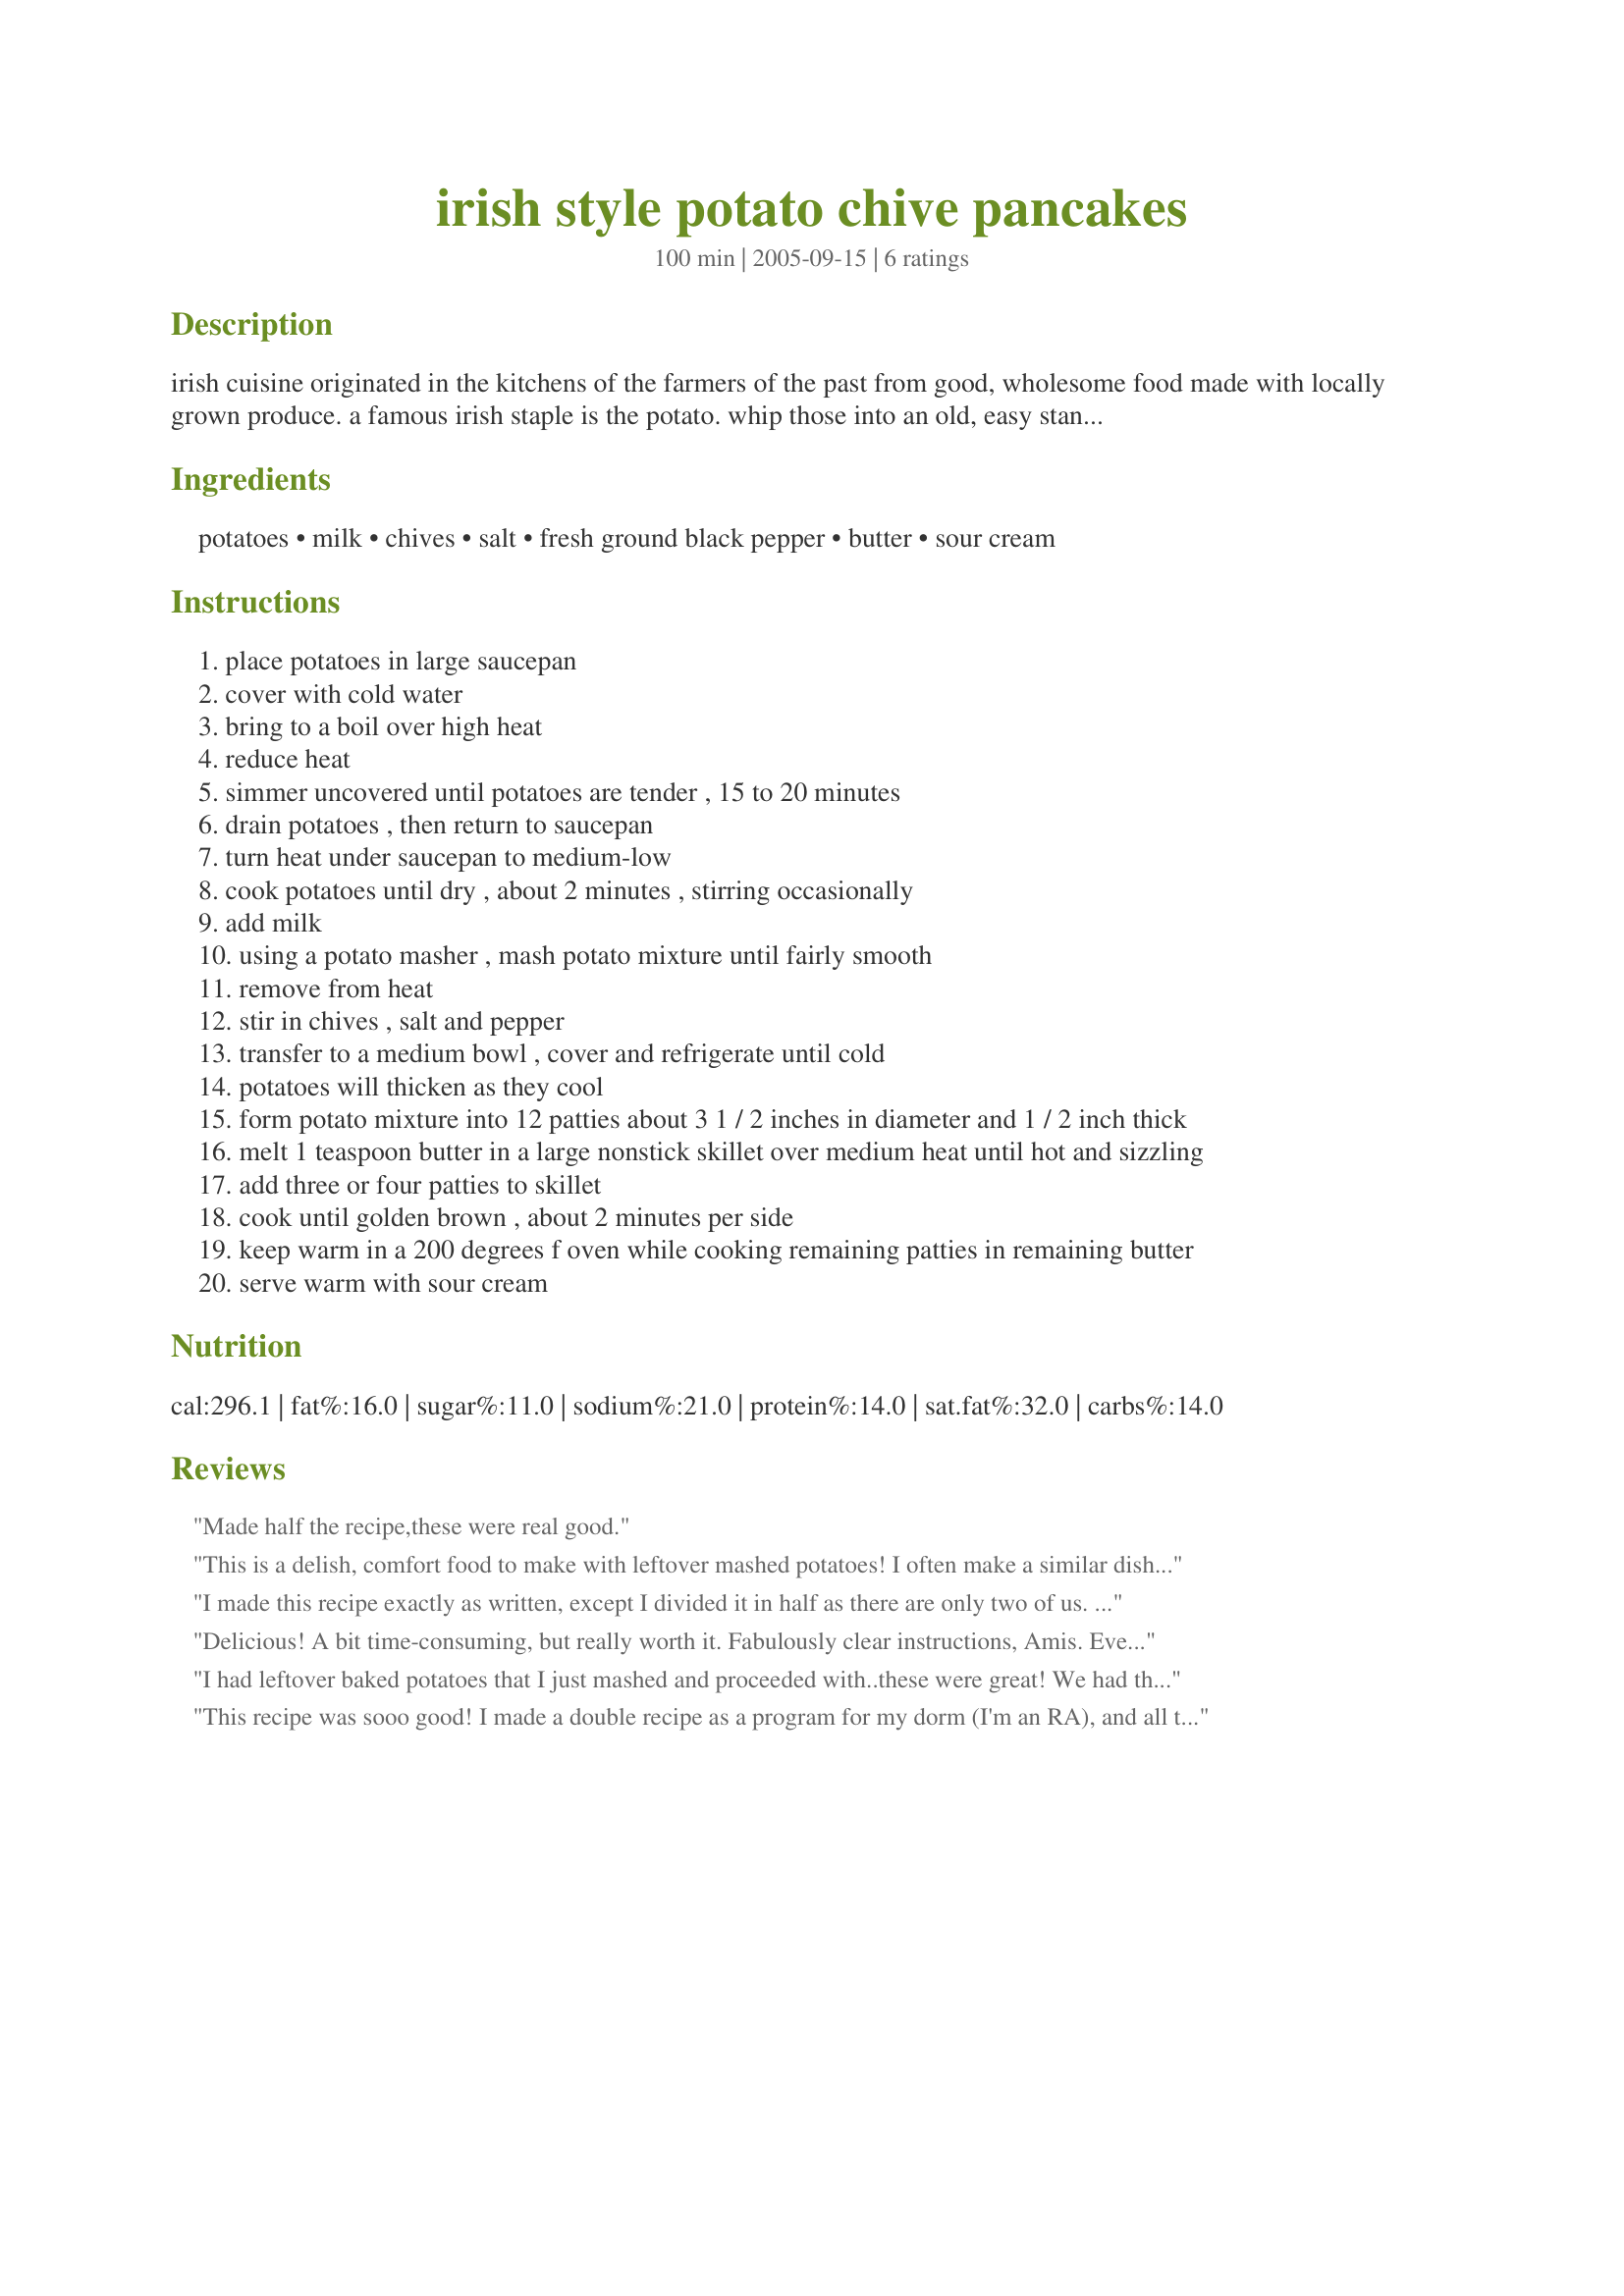
irish style potato chive pancakes
Preparation time: 100 minutes

irish cuisine originated in the kitchens of the farmers of the past from good, wholesome food made with locally grown produce. a famous irish staple is the potato. whip those into an old, easy standby and you have a great lunch, especially with a bit of sausage on the side. posted for zaar world tour 05.

Ingredients:
potatoes, milk, chives, salt, fresh ground black pepper, butter, sour cream

Steps:
place potatoes in large saucepan
cover with cold water
bring to a boil over high heat
reduce heat
simmer uncovered until potatoes are tender , 15 to 20 minutes
drain potatoes , then return to saucepan
turn heat under saucepan to medium-low
cook potatoes until dry , about 2 minutes , stirring occasionally
add milk
using a potato masher , mash potato mixture until fairly smooth
remove from heat
stir in chives , salt and pepper
transfer to a medium bowl , cover and refrigerate until cold
potatoes will thicken as they cool
form potato mixture into 12 patties about 3 1 / 2 inches in diameter and 1 / 2 inch thick
melt 1 teaspoon butter in a large nonstick skillet over medium heat until hot and sizzling
add three or four patties to skillet
cook until golden brown , about 2 minutes per side
keep warm in a 200 degrees f oven while cooking remaining patties in remaining butter
serve warm with sour cream

Reviews:
Made half the recipe,these were real good.
This is a delish, comfort food to make with leftover mashed potatoes! I often make a similar dish and serve for breakfast with eggs! I skipped the sour cream.
I made this recipe exactly as written, except I divided it in half as there are only two of us. I actually forgot to serve them with the sour cream, but they were delicious anyways! My husband loved them. I have some of the unfried potato mixture left over and am going to use it to top a Cottage pie for my husband's dinner tommorrow. Thanks!
Delicious! A bit time-consuming, but really worth it. Fabulously clear instructions, Amis. Everyone whom I served these to just loved them. Fabulous recipe: yet another on-tour great find, on the 2005 Zaar World Tour. Thanks for sharing this recipe!
I had leftover baked potatoes that I just mashed and proceeded with..these were great! We had them with grilled ham slices, and green beans. Thanx Ami.
This recipe was sooo good! I made a double recipe as a program for my dorm (I'm an RA), and all the girls loved it! Only issue we had was keeping the cakes together, but patting them down with flour and cooking them in extra vegetable oil in the pans made them perfect! I think perhaps adding an egg or two to the recipe would also help keep the pancakes together. Cheese would also be a good additive for those who love potato and cheese together :-)
